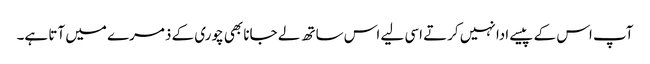
آپ اس کے پیسے ادا نہیں کرتے اسی لیے اس ساتھ لے جانا بھی چوری کے ذمرے میں آتا ہے۔